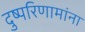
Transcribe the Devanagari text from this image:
दुष्परिणामांना